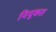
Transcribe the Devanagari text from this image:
नियुकत